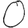
Digit: 0